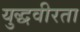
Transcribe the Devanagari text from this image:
युद्धवीरता